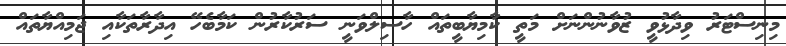
މިނިސްޓަރު ވިދާޅުވީ ޒުވާނުންނަށް މަތީ ކާމިޔާބީތައް ހާސިލްވަނީ ސަރުކާރުން ކަމާބެހޭ އިދާރާތަކާއި ޖަމިއްޔާތައް